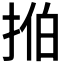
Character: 𫼻